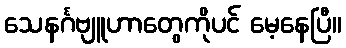
သေနင်္ဂဗျူဟာတွေကိုပင် မေ့နေပြီ။